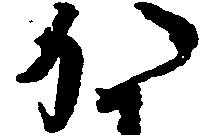
か